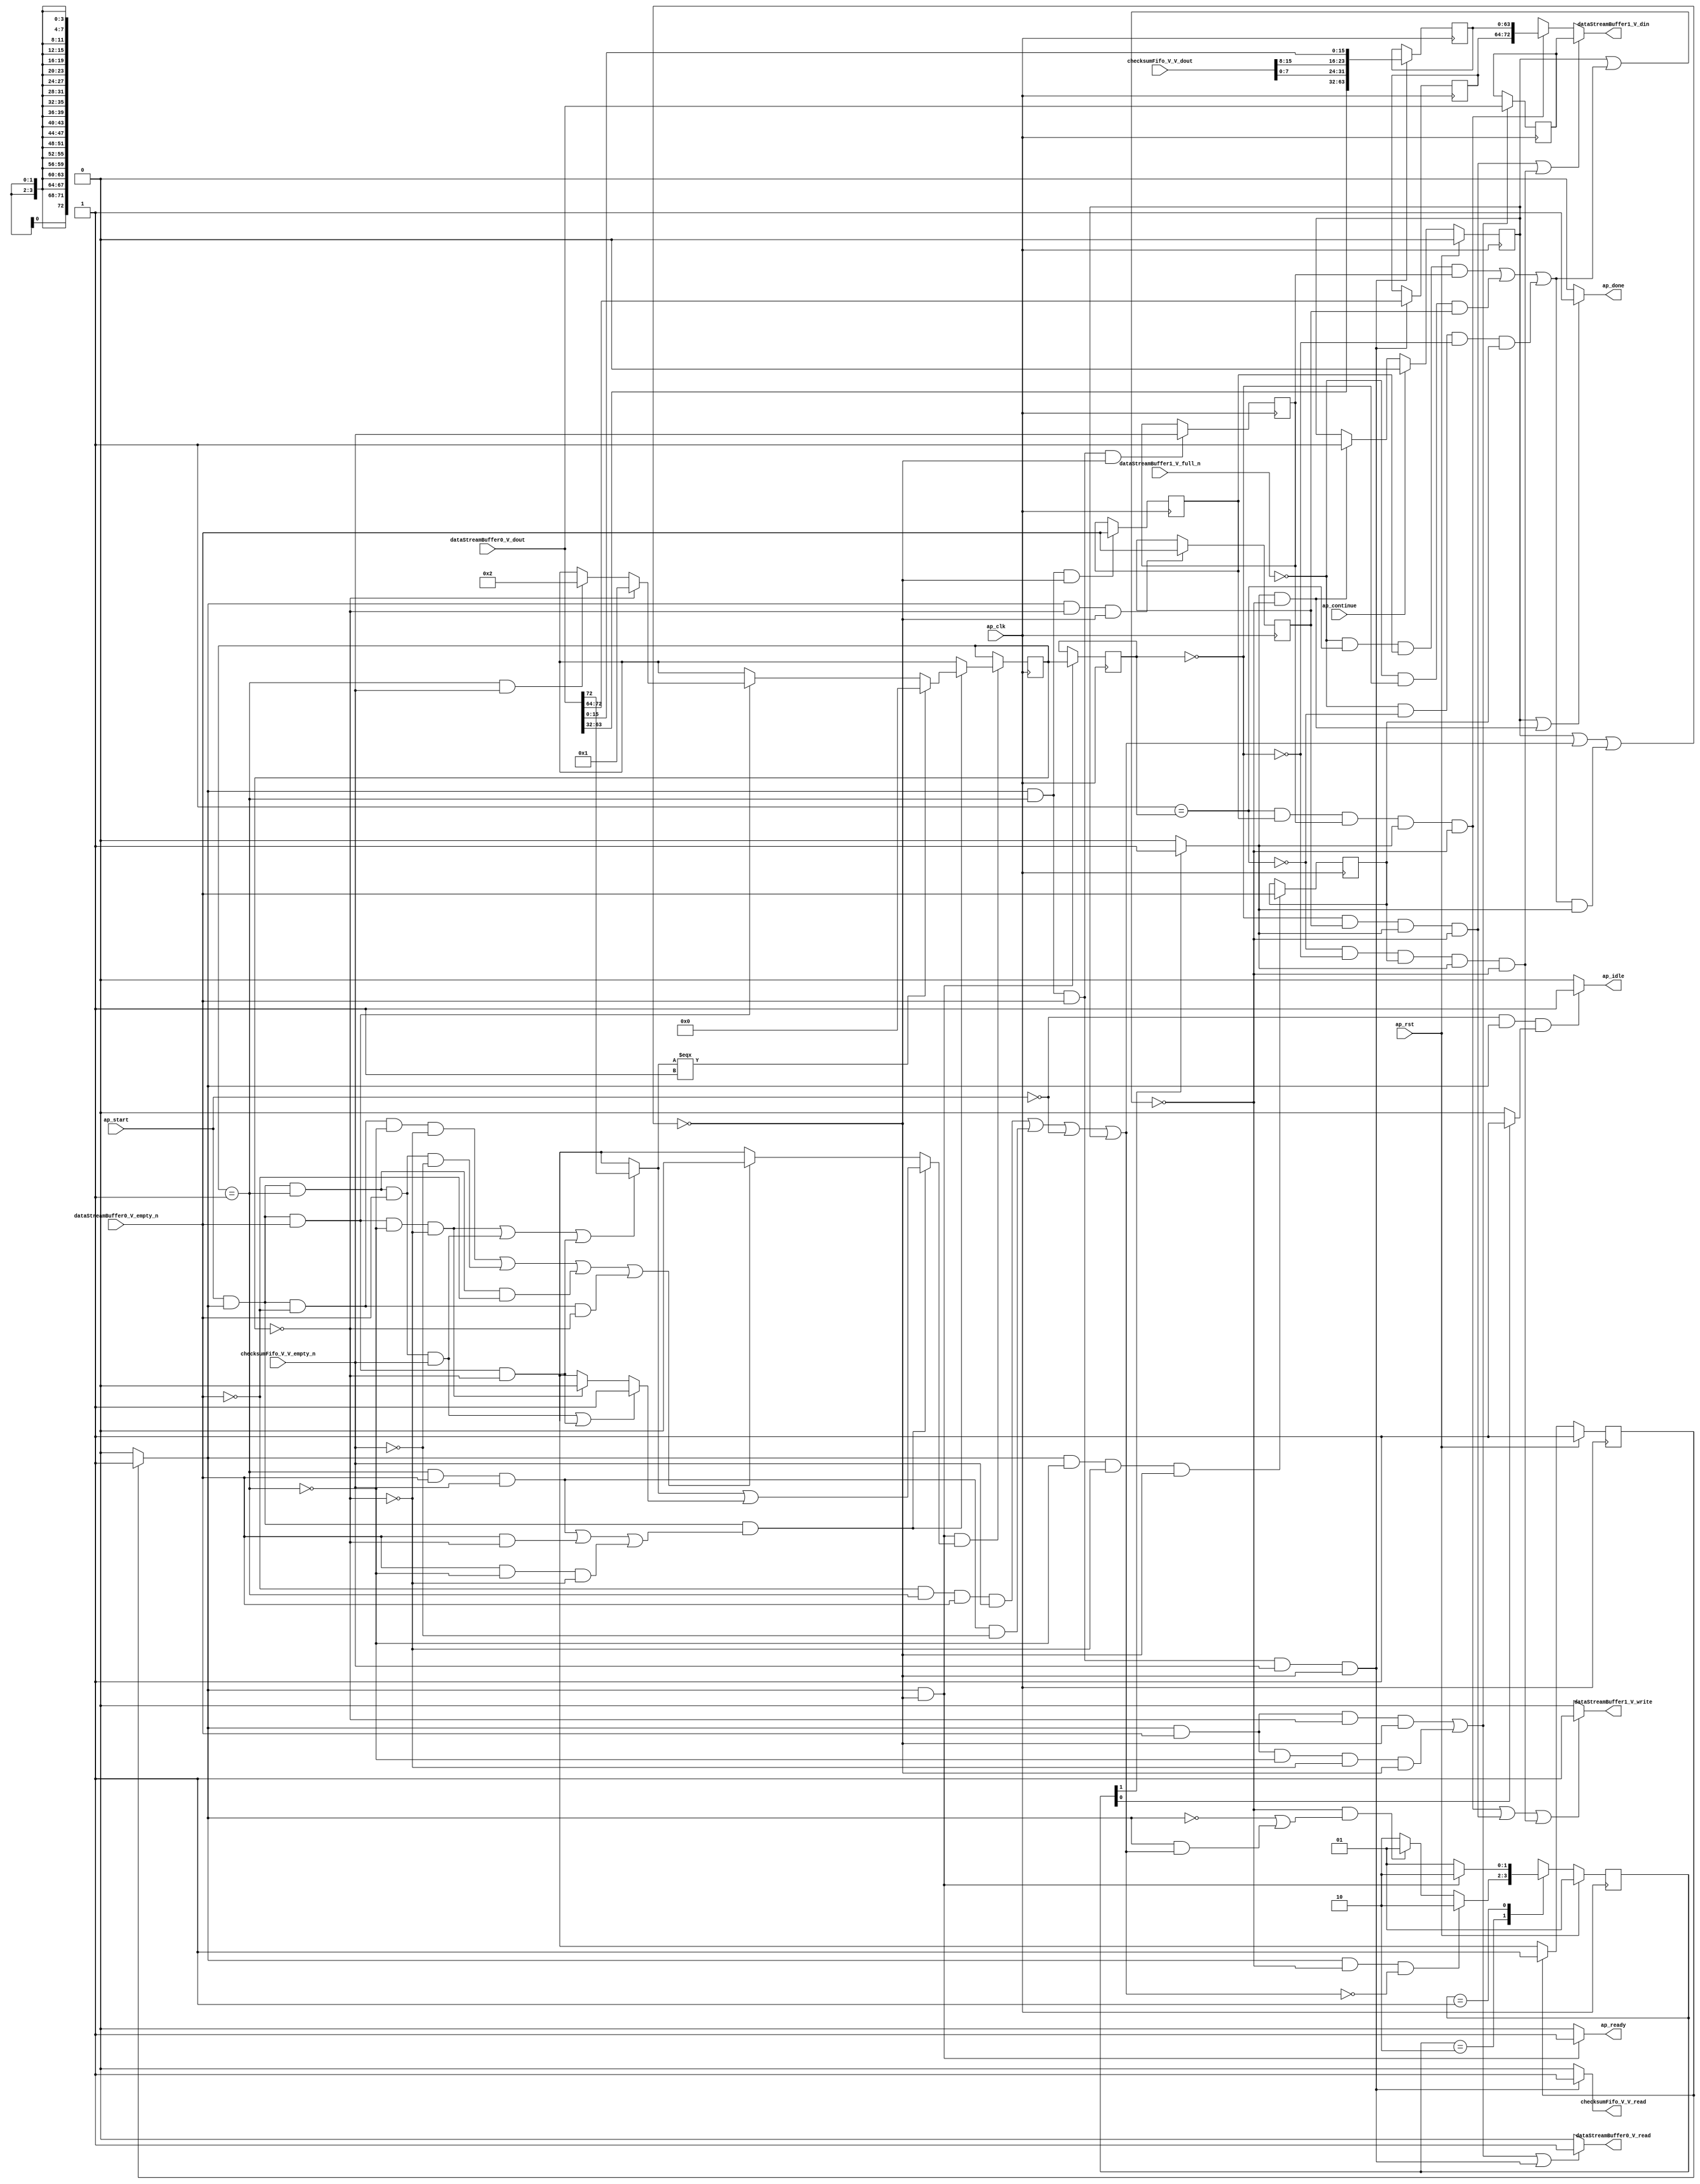
// This program was cloned from: https://github.com/mustafabbas/ECE1373_2016_hft_on_fpga
// License: MIT License

// ==============================================================
// RTL generated by Vivado(TM) HLS - High-Level Synthesis from C, C++ and SystemC
// Version: 2015.1
// Copyright (C) 2015 Xilinx Inc. All rights reserved.
// 
// ===========================================================

`timescale 1 ns / 1 ps 

module mac_ip_encode_ip_checksum_insert (
        ap_clk,
        ap_rst,
        ap_start,
        ap_done,
        ap_continue,
        ap_idle,
        ap_ready,
        dataStreamBuffer0_V_dout,
        dataStreamBuffer0_V_empty_n,
        dataStreamBuffer0_V_read,
        checksumFifo_V_V_dout,
        checksumFifo_V_V_empty_n,
        checksumFifo_V_V_read,
        dataStreamBuffer1_V_din,
        dataStreamBuffer1_V_full_n,
        dataStreamBuffer1_V_write
);

parameter    ap_const_logic_1 = 1'b1;
parameter    ap_const_logic_0 = 1'b0;
parameter    ap_ST_st1_fsm0_0 = 1'b1;
parameter    ap_ST_st2_fsm1_1 = 2'b10;
parameter    ap_ST_st0_fsm1_0 = 2'b1;
parameter    ap_const_lv32_0 = 32'b00000000000000000000000000000000;
parameter    ap_const_lv1_1 = 1'b1;
parameter    ap_const_lv4_1 = 4'b1;
parameter    ap_const_lv1_0 = 1'b0;
parameter    ap_const_lv4_0 = 4'b0000;
parameter    ap_const_lv32_1 = 32'b1;
parameter    ap_const_lv4_2 = 4'b10;
parameter    ap_const_lv32_48 = 32'b1001000;
parameter    ap_const_lv32_8 = 32'b1000;
parameter    ap_const_lv32_F = 32'b1111;
parameter    ap_const_lv32_10 = 32'b10000;
parameter    ap_const_lv32_1F = 32'b11111;
parameter    ap_const_lv32_40 = 32'b1000000;
parameter    ap_true = 1'b1;

input   ap_clk;
input   ap_rst;
input   ap_start;
output   ap_done;
input   ap_continue;
output   ap_idle;
output   ap_ready;
input  [72:0] dataStreamBuffer0_V_dout;
input   dataStreamBuffer0_V_empty_n;
output   dataStreamBuffer0_V_read;
input  [15:0] checksumFifo_V_V_dout;
input   checksumFifo_V_V_empty_n;
output   checksumFifo_V_V_read;
output  [72:0] dataStreamBuffer1_V_din;
input   dataStreamBuffer1_V_full_n;
output   dataStreamBuffer1_V_write;

reg ap_done;
reg ap_idle;
reg ap_ready;
reg dataStreamBuffer0_V_read;
reg checksumFifo_V_V_read;
reg[72:0] dataStreamBuffer1_V_din;
reg dataStreamBuffer1_V_write;
reg    ap_done_reg = 1'b0;
(* fsm_encoding = "none" *) reg   [0:0] ap_CS_fsm0 = 1'b1;
reg    ap_sig_cseq_ST_st1_fsm0_0;
reg    ap_sig_bdd_23;
(* fsm_encoding = "none" *) reg   [1:0] ap_CS_fsm1 = 2'b1;
reg    ap_sig_cseq_ST_st0_fsm1_0;
reg    ap_sig_bdd_34;
wire   [0:0] grp_nbreadreq_fu_94_p3;
wire   [0:0] tmp_3_nbreadreq_fu_102_p3;
reg    ap_sig_bdd_78;
reg   [3:0] ici_wordCount_V_load_reg_305;
reg   [0:0] tmp_2_reg_309;
reg   [0:0] tmp_3_reg_313;
reg   [0:0] tmp_1_reg_327;
reg   [0:0] tmp_reg_331;
reg    ap_sig_bdd_116;
reg    ap_sig_cseq_ST_st2_fsm1_1;
reg    ap_sig_bdd_122;
reg   [3:0] ici_wordCount_V = 4'b0000;
reg   [72:0] reg_219;
wire   [63:0] p_Result_s_17_fu_254_p5;
reg   [63:0] p_Result_s_17_reg_317;
reg   [8:0] tmp_22_reg_322;
wire   [0:0] ap_reg_phiprechg_ici_wordCount_V_flag_reg_129pp0_it0;
reg   [0:0] ici_wordCount_V_flag_phi_fu_132_p6;
wire   [3:0] ap_reg_phiprechg_ici_wordCount_V_new_reg_143pp0_it0;
reg   [3:0] ici_wordCount_V_new_phi_fu_146_p6;
wire   [0:0] ap_reg_phiprechg_tmp_s_reg_157pp0_it0;
reg   [0:0] tmp_s_phi_fu_160_p6;
wire   [0:0] ap_reg_phiprechg_ici_wordCount_V_flag_1_reg_168pp0_it0;
reg   [0:0] ici_wordCount_V_flag_1_phi_fu_171_p10;
wire   [0:0] p_ici_wordCount_V_flag_fu_276_p2;
wire   [3:0] p_ici_wordCount_V_new_fu_283_p3;
wire   [3:0] ap_reg_phiprechg_ici_wordCount_V_new_1_reg_188pp0_it0;
reg   [3:0] ici_wordCount_V_new_1_phi_fu_191_p10;
wire   [72:0] tmp_390_fu_298_p3;
wire   [7:0] tmp_107_fu_242_p1;
wire   [7:0] p_Result_s_fu_232_p4;
wire   [63:0] p_Val2_2_fu_228_p1;
wire   [15:0] tmp_21_fu_246_p3;
reg   [0:0] ap_NS_fsm0;
reg   [1:0] ap_NS_fsm1;
reg    ap_sig_bdd_298;
reg    ap_sig_bdd_297;




/// the current state (ap_CS_fsm0) of the state machine. ///
always @ (posedge ap_clk)
begin : ap_ret_ap_CS_fsm0
    if (ap_rst == 1'b1) begin
        ap_CS_fsm0 <= ap_ST_st1_fsm0_0;
    end else begin
        ap_CS_fsm0 <= ap_NS_fsm0;
    end
end

/// the current state (ap_CS_fsm1) of the state machine. ///
always @ (posedge ap_clk)
begin : ap_ret_ap_CS_fsm1
    if (ap_rst == 1'b1) begin
        ap_CS_fsm1 <= ap_ST_st0_fsm1_0;
    end else begin
        ap_CS_fsm1 <= ap_NS_fsm1;
    end
end

/// ap_done_reg assign process. ///
always @ (posedge ap_clk)
begin : ap_ret_ap_done_reg
    if (ap_rst == 1'b1) begin
        ap_done_reg <= ap_const_logic_0;
    end else begin
        if ((ap_const_logic_1 == ap_continue)) begin
            ap_done_reg <= ap_const_logic_0;
        end else if (((ap_const_logic_1 == ap_sig_cseq_ST_st2_fsm1_1) & ~((ap_done_reg == ap_const_logic_1) | ap_sig_bdd_116))) begin
            ap_done_reg <= ap_const_logic_1;
        end
    end
end

/// assign process. ///
always @(posedge ap_clk)
begin
    if (((ap_const_logic_1 == ap_sig_cseq_ST_st1_fsm0_0) & ~((ap_done_reg == ap_const_logic_1) | ap_sig_bdd_78 | (ap_sig_bdd_116 & (ap_const_logic_1 == ap_sig_cseq_ST_st2_fsm1_1))) & ~(ap_const_lv1_0 == ici_wordCount_V_flag_1_phi_fu_171_p10))) begin
        ici_wordCount_V <= ici_wordCount_V_new_1_phi_fu_191_p10;
    end
end

/// assign process. ///
always @(posedge ap_clk)
begin
    if (((ap_const_logic_1 == ap_sig_cseq_ST_st1_fsm0_0) & ~((ap_done_reg == ap_const_logic_1) | ap_sig_bdd_78 | (ap_sig_bdd_116 & (ap_const_logic_1 == ap_sig_cseq_ST_st2_fsm1_1))))) begin
        ici_wordCount_V_load_reg_305 <= ici_wordCount_V;
    end
end

/// assign process. ///
always @(posedge ap_clk)
begin
    if (((ap_const_logic_1 == ap_sig_cseq_ST_st1_fsm0_0) & (ici_wordCount_V == ap_const_lv4_1) & ~(grp_nbreadreq_fu_94_p3 == ap_const_lv1_0) & ~(ap_const_lv1_0 == tmp_3_nbreadreq_fu_102_p3) & ~((ap_done_reg == ap_const_logic_1) | ap_sig_bdd_78 | (ap_sig_bdd_116 & (ap_const_logic_1 == ap_sig_cseq_ST_st2_fsm1_1))))) begin
        p_Result_s_17_reg_317 <= p_Result_s_17_fu_254_p5;
        tmp_22_reg_322 <= {{dataStreamBuffer0_V_dout[ap_const_lv32_48 : ap_const_lv32_40]}};
    end
end

/// assign process. ///
always @(posedge ap_clk)
begin
    if ((((ap_const_logic_1 == ap_sig_cseq_ST_st1_fsm0_0) & ~(grp_nbreadreq_fu_94_p3 == ap_const_lv1_0) & (ici_wordCount_V == ap_const_lv4_0) & ~((ap_done_reg == ap_const_logic_1) | ap_sig_bdd_78 | (ap_sig_bdd_116 & (ap_const_logic_1 == ap_sig_cseq_ST_st2_fsm1_1)))) | ((ap_const_logic_1 == ap_sig_cseq_ST_st1_fsm0_0) & ~(grp_nbreadreq_fu_94_p3 == ap_const_lv1_0) & ~(ici_wordCount_V == ap_const_lv4_1) & ~(ici_wordCount_V == ap_const_lv4_0) & ~((ap_done_reg == ap_const_logic_1) | ap_sig_bdd_78 | (ap_sig_bdd_116 & (ap_const_logic_1 == ap_sig_cseq_ST_st2_fsm1_1)))))) begin
        reg_219 <= dataStreamBuffer0_V_dout;
    end
end

/// assign process. ///
always @(posedge ap_clk)
begin
    if (((ap_const_logic_1 == ap_sig_cseq_ST_st1_fsm0_0) & (ici_wordCount_V == ap_const_lv4_0) & ~((ap_done_reg == ap_const_logic_1) | ap_sig_bdd_78 | (ap_sig_bdd_116 & (ap_const_logic_1 == ap_sig_cseq_ST_st2_fsm1_1))))) begin
        tmp_1_reg_327 <= grp_nbreadreq_fu_94_p3;
    end
end

/// assign process. ///
always @(posedge ap_clk)
begin
    if (((ap_const_logic_1 == ap_sig_cseq_ST_st1_fsm0_0) & (ici_wordCount_V == ap_const_lv4_1) & ~((ap_done_reg == ap_const_logic_1) | ap_sig_bdd_78 | (ap_sig_bdd_116 & (ap_const_logic_1 == ap_sig_cseq_ST_st2_fsm1_1))))) begin
        tmp_2_reg_309 <= grp_nbreadreq_fu_94_p3;
    end
end

/// assign process. ///
always @(posedge ap_clk)
begin
    if (((ap_const_logic_1 == ap_sig_cseq_ST_st1_fsm0_0) & (ici_wordCount_V == ap_const_lv4_1) & ~(grp_nbreadreq_fu_94_p3 == ap_const_lv1_0) & ~((ap_done_reg == ap_const_logic_1) | ap_sig_bdd_78 | (ap_sig_bdd_116 & (ap_const_logic_1 == ap_sig_cseq_ST_st2_fsm1_1))))) begin
        tmp_3_reg_313 <= tmp_3_nbreadreq_fu_102_p3;
    end
end

/// assign process. ///
always @(posedge ap_clk)
begin
    if (((ap_const_logic_1 == ap_sig_cseq_ST_st1_fsm0_0) & ~(ici_wordCount_V == ap_const_lv4_1) & ~(ici_wordCount_V == ap_const_lv4_0) & ~((ap_done_reg == ap_const_logic_1) | ap_sig_bdd_78 | (ap_sig_bdd_116 & (ap_const_logic_1 == ap_sig_cseq_ST_st2_fsm1_1))))) begin
        tmp_reg_331 <= grp_nbreadreq_fu_94_p3;
    end
end

/// ap_done assign process. ///
always @ (ap_done_reg or ap_sig_bdd_116 or ap_sig_cseq_ST_st2_fsm1_1)
begin
    if (((ap_const_logic_1 == ap_done_reg) | ((ap_const_logic_1 == ap_sig_cseq_ST_st2_fsm1_1) & ~((ap_done_reg == ap_const_logic_1) | ap_sig_bdd_116)))) begin
        ap_done = ap_const_logic_1;
    end else begin
        ap_done = ap_const_logic_0;
    end
end

/// ap_idle assign process. ///
always @ (ap_start or ap_sig_cseq_ST_st1_fsm0_0 or ap_sig_cseq_ST_st0_fsm1_0)
begin
    if ((~(ap_const_logic_1 == ap_start) & (ap_const_logic_1 == ap_sig_cseq_ST_st1_fsm0_0) & (ap_const_logic_1 == ap_sig_cseq_ST_st0_fsm1_0))) begin
        ap_idle = ap_const_logic_1;
    end else begin
        ap_idle = ap_const_logic_0;
    end
end

/// ap_ready assign process. ///
always @ (ap_done_reg or ap_sig_cseq_ST_st1_fsm0_0 or ap_sig_bdd_78 or ap_sig_bdd_116 or ap_sig_cseq_ST_st2_fsm1_1)
begin
    if (((ap_const_logic_1 == ap_sig_cseq_ST_st1_fsm0_0) & ~((ap_done_reg == ap_const_logic_1) | ap_sig_bdd_78 | (ap_sig_bdd_116 & (ap_const_logic_1 == ap_sig_cseq_ST_st2_fsm1_1))))) begin
        ap_ready = ap_const_logic_1;
    end else begin
        ap_ready = ap_const_logic_0;
    end
end

/// ap_sig_cseq_ST_st0_fsm1_0 assign process. ///
always @ (ap_sig_bdd_34)
begin
    if (ap_sig_bdd_34) begin
        ap_sig_cseq_ST_st0_fsm1_0 = ap_const_logic_1;
    end else begin
        ap_sig_cseq_ST_st0_fsm1_0 = ap_const_logic_0;
    end
end

/// ap_sig_cseq_ST_st1_fsm0_0 assign process. ///
always @ (ap_sig_bdd_23)
begin
    if (ap_sig_bdd_23) begin
        ap_sig_cseq_ST_st1_fsm0_0 = ap_const_logic_1;
    end else begin
        ap_sig_cseq_ST_st1_fsm0_0 = ap_const_logic_0;
    end
end

/// ap_sig_cseq_ST_st2_fsm1_1 assign process. ///
always @ (ap_sig_bdd_122)
begin
    if (ap_sig_bdd_122) begin
        ap_sig_cseq_ST_st2_fsm1_1 = ap_const_logic_1;
    end else begin
        ap_sig_cseq_ST_st2_fsm1_1 = ap_const_logic_0;
    end
end

/// checksumFifo_V_V_read assign process. ///
always @ (ap_done_reg or ap_sig_cseq_ST_st1_fsm0_0 or grp_nbreadreq_fu_94_p3 or tmp_3_nbreadreq_fu_102_p3 or ap_sig_bdd_78 or ap_sig_bdd_116 or ap_sig_cseq_ST_st2_fsm1_1 or ici_wordCount_V)
begin
    if (((ap_const_logic_1 == ap_sig_cseq_ST_st1_fsm0_0) & (ici_wordCount_V == ap_const_lv4_1) & ~(grp_nbreadreq_fu_94_p3 == ap_const_lv1_0) & ~(ap_const_lv1_0 == tmp_3_nbreadreq_fu_102_p3) & ~((ap_done_reg == ap_const_logic_1) | ap_sig_bdd_78 | (ap_sig_bdd_116 & (ap_const_logic_1 == ap_sig_cseq_ST_st2_fsm1_1))))) begin
        checksumFifo_V_V_read = ap_const_logic_1;
    end else begin
        checksumFifo_V_V_read = ap_const_logic_0;
    end
end

/// dataStreamBuffer0_V_read assign process. ///
always @ (ap_done_reg or ap_sig_cseq_ST_st1_fsm0_0 or grp_nbreadreq_fu_94_p3 or tmp_3_nbreadreq_fu_102_p3 or ap_sig_bdd_78 or ap_sig_bdd_116 or ap_sig_cseq_ST_st2_fsm1_1 or ici_wordCount_V)
begin
    if ((((ap_const_logic_1 == ap_sig_cseq_ST_st1_fsm0_0) & ~(grp_nbreadreq_fu_94_p3 == ap_const_lv1_0) & (ici_wordCount_V == ap_const_lv4_0) & ~((ap_done_reg == ap_const_logic_1) | ap_sig_bdd_78 | (ap_sig_bdd_116 & (ap_const_logic_1 == ap_sig_cseq_ST_st2_fsm1_1)))) | ((ap_const_logic_1 == ap_sig_cseq_ST_st1_fsm0_0) & ~(grp_nbreadreq_fu_94_p3 == ap_const_lv1_0) & ~(ici_wordCount_V == ap_const_lv4_1) & ~(ici_wordCount_V == ap_const_lv4_0) & ~((ap_done_reg == ap_const_logic_1) | ap_sig_bdd_78 | (ap_sig_bdd_116 & (ap_const_logic_1 == ap_sig_cseq_ST_st2_fsm1_1)))) | ((ap_const_logic_1 == ap_sig_cseq_ST_st1_fsm0_0) & (ici_wordCount_V == ap_const_lv4_1) & ~(grp_nbreadreq_fu_94_p3 == ap_const_lv1_0) & ~(ap_const_lv1_0 == tmp_3_nbreadreq_fu_102_p3) & ~((ap_done_reg == ap_const_logic_1) | ap_sig_bdd_78 | (ap_sig_bdd_116 & (ap_const_logic_1 == ap_sig_cseq_ST_st2_fsm1_1)))))) begin
        dataStreamBuffer0_V_read = ap_const_logic_1;
    end else begin
        dataStreamBuffer0_V_read = ap_const_logic_0;
    end
end

/// dataStreamBuffer1_V_din assign process. ///
always @ (ap_done_reg or ici_wordCount_V_load_reg_305 or tmp_2_reg_309 or tmp_3_reg_313 or tmp_1_reg_327 or tmp_reg_331 or ap_sig_bdd_116 or ap_sig_cseq_ST_st2_fsm1_1 or reg_219 or tmp_390_fu_298_p3)
begin
    if ((((ap_const_lv4_0 == ici_wordCount_V_load_reg_305) & ~(ap_const_lv1_0 == tmp_1_reg_327) & (ap_const_logic_1 == ap_sig_cseq_ST_st2_fsm1_1) & ~((ap_done_reg == ap_const_logic_1) | ap_sig_bdd_116)) | (~(ap_const_lv4_1 == ici_wordCount_V_load_reg_305) & ~(ap_const_lv4_0 == ici_wordCount_V_load_reg_305) & ~(ap_const_lv1_0 == tmp_reg_331) & (ap_const_logic_1 == ap_sig_cseq_ST_st2_fsm1_1) & ~((ap_done_reg == ap_const_logic_1) | ap_sig_bdd_116)))) begin
        dataStreamBuffer1_V_din = reg_219;
    end else if (((ap_const_lv4_1 == ici_wordCount_V_load_reg_305) & ~(ap_const_lv1_0 == tmp_2_reg_309) & ~(ap_const_lv1_0 == tmp_3_reg_313) & (ap_const_logic_1 == ap_sig_cseq_ST_st2_fsm1_1) & ~((ap_done_reg == ap_const_logic_1) | ap_sig_bdd_116))) begin
        dataStreamBuffer1_V_din = tmp_390_fu_298_p3;
    end else begin
        dataStreamBuffer1_V_din = 'bx;
    end
end

/// dataStreamBuffer1_V_write assign process. ///
always @ (ap_done_reg or ici_wordCount_V_load_reg_305 or tmp_2_reg_309 or tmp_3_reg_313 or tmp_1_reg_327 or tmp_reg_331 or ap_sig_bdd_116 or ap_sig_cseq_ST_st2_fsm1_1)
begin
    if ((((ap_const_lv4_1 == ici_wordCount_V_load_reg_305) & ~(ap_const_lv1_0 == tmp_2_reg_309) & ~(ap_const_lv1_0 == tmp_3_reg_313) & (ap_const_logic_1 == ap_sig_cseq_ST_st2_fsm1_1) & ~((ap_done_reg == ap_const_logic_1) | ap_sig_bdd_116)) | ((ap_const_lv4_0 == ici_wordCount_V_load_reg_305) & ~(ap_const_lv1_0 == tmp_1_reg_327) & (ap_const_logic_1 == ap_sig_cseq_ST_st2_fsm1_1) & ~((ap_done_reg == ap_const_logic_1) | ap_sig_bdd_116)) | (~(ap_const_lv4_1 == ici_wordCount_V_load_reg_305) & ~(ap_const_lv4_0 == ici_wordCount_V_load_reg_305) & ~(ap_const_lv1_0 == tmp_reg_331) & (ap_const_logic_1 == ap_sig_cseq_ST_st2_fsm1_1) & ~((ap_done_reg == ap_const_logic_1) | ap_sig_bdd_116)))) begin
        dataStreamBuffer1_V_write = ap_const_logic_1;
    end else begin
        dataStreamBuffer1_V_write = ap_const_logic_0;
    end
end

/// ici_wordCount_V_flag_1_phi_fu_171_p10 assign process. ///
always @ (ap_start or ap_sig_cseq_ST_st1_fsm0_0 or grp_nbreadreq_fu_94_p3 or tmp_3_nbreadreq_fu_102_p3 or ici_wordCount_V or ap_reg_phiprechg_ici_wordCount_V_flag_1_reg_168pp0_it0 or p_ici_wordCount_V_flag_fu_276_p2)
begin
    if (((ap_const_logic_1 == ap_start) & (ap_const_logic_1 == ap_sig_cseq_ST_st1_fsm0_0) & (((ici_wordCount_V == ap_const_lv4_1) & ~(grp_nbreadreq_fu_94_p3 == ap_const_lv1_0) & ~(ap_const_lv1_0 == tmp_3_nbreadreq_fu_102_p3)) | (~(grp_nbreadreq_fu_94_p3 == ap_const_lv1_0) & (ici_wordCount_V == ap_const_lv4_0)) | (~(grp_nbreadreq_fu_94_p3 == ap_const_lv1_0) & ~(ici_wordCount_V == ap_const_lv4_1) & ~(ici_wordCount_V == ap_const_lv4_0))))) begin
        ici_wordCount_V_flag_1_phi_fu_171_p10 = p_ici_wordCount_V_flag_fu_276_p2;
    end else if ((((ap_const_logic_1 == ap_start) & (ap_const_logic_1 == ap_sig_cseq_ST_st1_fsm0_0) & (grp_nbreadreq_fu_94_p3 == ap_const_lv1_0) & ~(ici_wordCount_V == ap_const_lv4_1) & ~(ici_wordCount_V == ap_const_lv4_0)) | ((ap_const_logic_1 == ap_start) & (ap_const_logic_1 == ap_sig_cseq_ST_st1_fsm0_0) & (ici_wordCount_V == ap_const_lv4_1) & ~(grp_nbreadreq_fu_94_p3 == ap_const_lv1_0) & (ap_const_lv1_0 == tmp_3_nbreadreq_fu_102_p3)) | ((ap_const_logic_1 == ap_start) & (ap_const_logic_1 == ap_sig_cseq_ST_st1_fsm0_0) & (ici_wordCount_V == ap_const_lv4_1) & (grp_nbreadreq_fu_94_p3 == ap_const_lv1_0)) | ((ap_const_logic_1 == ap_start) & (ap_const_logic_1 == ap_sig_cseq_ST_st1_fsm0_0) & (grp_nbreadreq_fu_94_p3 == ap_const_lv1_0) & (ici_wordCount_V == ap_const_lv4_0)))) begin
        ici_wordCount_V_flag_1_phi_fu_171_p10 = ap_const_lv1_0;
    end else begin
        ici_wordCount_V_flag_1_phi_fu_171_p10 = ap_reg_phiprechg_ici_wordCount_V_flag_1_reg_168pp0_it0;
    end
end

/// ici_wordCount_V_flag_phi_fu_132_p6 assign process. ///
always @ (ap_start or ap_sig_cseq_ST_st1_fsm0_0 or grp_nbreadreq_fu_94_p3 or tmp_3_nbreadreq_fu_102_p3 or ici_wordCount_V or ap_reg_phiprechg_ici_wordCount_V_flag_reg_129pp0_it0)
begin
    if ((((ap_const_logic_1 == ap_start) & (ap_const_logic_1 == ap_sig_cseq_ST_st1_fsm0_0) & (ici_wordCount_V == ap_const_lv4_1) & ~(grp_nbreadreq_fu_94_p3 == ap_const_lv1_0) & ~(ap_const_lv1_0 == tmp_3_nbreadreq_fu_102_p3)) | ((ap_const_logic_1 == ap_start) & (ap_const_logic_1 == ap_sig_cseq_ST_st1_fsm0_0) & ~(grp_nbreadreq_fu_94_p3 == ap_const_lv1_0) & (ici_wordCount_V == ap_const_lv4_0)))) begin
        ici_wordCount_V_flag_phi_fu_132_p6 = ap_const_lv1_1;
    end else if (((ap_const_logic_1 == ap_start) & (ap_const_logic_1 == ap_sig_cseq_ST_st1_fsm0_0) & ~(grp_nbreadreq_fu_94_p3 == ap_const_lv1_0) & ~(ici_wordCount_V == ap_const_lv4_1) & ~(ici_wordCount_V == ap_const_lv4_0))) begin
        ici_wordCount_V_flag_phi_fu_132_p6 = ap_const_lv1_0;
    end else begin
        ici_wordCount_V_flag_phi_fu_132_p6 = ap_reg_phiprechg_ici_wordCount_V_flag_reg_129pp0_it0;
    end
end

/// ici_wordCount_V_new_1_phi_fu_191_p10 assign process. ///
always @ (ap_start or ap_sig_cseq_ST_st1_fsm0_0 or grp_nbreadreq_fu_94_p3 or tmp_3_nbreadreq_fu_102_p3 or ici_wordCount_V or p_ici_wordCount_V_new_fu_283_p3 or ap_reg_phiprechg_ici_wordCount_V_new_1_reg_188pp0_it0)
begin
    if (((ap_const_logic_1 == ap_start) & (ap_const_logic_1 == ap_sig_cseq_ST_st1_fsm0_0) & (((ici_wordCount_V == ap_const_lv4_1) & ~(grp_nbreadreq_fu_94_p3 == ap_const_lv1_0) & ~(ap_const_lv1_0 == tmp_3_nbreadreq_fu_102_p3)) | (~(grp_nbreadreq_fu_94_p3 == ap_const_lv1_0) & (ici_wordCount_V == ap_const_lv4_0)) | (~(grp_nbreadreq_fu_94_p3 == ap_const_lv1_0) & ~(ici_wordCount_V == ap_const_lv4_1) & ~(ici_wordCount_V == ap_const_lv4_0))))) begin
        ici_wordCount_V_new_1_phi_fu_191_p10 = p_ici_wordCount_V_new_fu_283_p3;
    end else begin
        ici_wordCount_V_new_1_phi_fu_191_p10 = ap_reg_phiprechg_ici_wordCount_V_new_1_reg_188pp0_it0;
    end
end

/// ici_wordCount_V_new_phi_fu_146_p6 assign process. ///
always @ (ici_wordCount_V or ap_reg_phiprechg_ici_wordCount_V_new_reg_143pp0_it0 or ap_sig_bdd_298 or ap_sig_bdd_297)
begin
    if (ap_sig_bdd_297) begin
        if ((ici_wordCount_V == ap_const_lv4_0)) begin
            ici_wordCount_V_new_phi_fu_146_p6 = ap_const_lv4_1;
        end else if (ap_sig_bdd_298) begin
            ici_wordCount_V_new_phi_fu_146_p6 = ap_const_lv4_2;
        end else begin
            ici_wordCount_V_new_phi_fu_146_p6 = ap_reg_phiprechg_ici_wordCount_V_new_reg_143pp0_it0;
        end
    end else begin
        ici_wordCount_V_new_phi_fu_146_p6 = ap_reg_phiprechg_ici_wordCount_V_new_reg_143pp0_it0;
    end
end

/// tmp_s_phi_fu_160_p6 assign process. ///
always @ (ap_start or ap_sig_cseq_ST_st1_fsm0_0 or dataStreamBuffer0_V_dout or grp_nbreadreq_fu_94_p3 or tmp_3_nbreadreq_fu_102_p3 or ici_wordCount_V or ap_reg_phiprechg_tmp_s_reg_157pp0_it0)
begin
    if ((((ap_const_logic_1 == ap_start) & (ap_const_logic_1 == ap_sig_cseq_ST_st1_fsm0_0) & ~(grp_nbreadreq_fu_94_p3 == ap_const_lv1_0) & ~(ici_wordCount_V == ap_const_lv4_1) & ~(ici_wordCount_V == ap_const_lv4_0)) | ((ap_const_logic_1 == ap_start) & (ap_const_logic_1 == ap_sig_cseq_ST_st1_fsm0_0) & (ici_wordCount_V == ap_const_lv4_1) & ~(grp_nbreadreq_fu_94_p3 == ap_const_lv1_0) & ~(ap_const_lv1_0 == tmp_3_nbreadreq_fu_102_p3)) | ((ap_const_logic_1 == ap_start) & (ap_const_logic_1 == ap_sig_cseq_ST_st1_fsm0_0) & ~(grp_nbreadreq_fu_94_p3 == ap_const_lv1_0) & (ici_wordCount_V == ap_const_lv4_0)))) begin
        tmp_s_phi_fu_160_p6 = dataStreamBuffer0_V_dout[ap_const_lv32_48];
    end else begin
        tmp_s_phi_fu_160_p6 = ap_reg_phiprechg_tmp_s_reg_157pp0_it0;
    end
end
/// the next state (ap_NS_fsm0) of the state machine. ///
always @ (ap_done_reg or ap_CS_fsm0 or ap_sig_bdd_78 or ap_sig_bdd_116 or ap_sig_cseq_ST_st2_fsm1_1)
begin
    case (ap_CS_fsm0)
        ap_ST_st1_fsm0_0 : 
        begin
            ap_NS_fsm0 = ap_ST_st1_fsm0_0;
        end
        default : 
        begin
            ap_NS_fsm0 = 'bx;
        end
    endcase
end

/// the next state (ap_NS_fsm1) of the state machine. ///
always @ (ap_done_reg or ap_sig_cseq_ST_st1_fsm0_0 or ap_CS_fsm1 or ap_sig_bdd_78 or ap_sig_bdd_116 or ap_sig_cseq_ST_st2_fsm1_1)
begin
    case (ap_CS_fsm1)
        ap_ST_st2_fsm1_1 : 
        begin
            if (((ap_const_logic_1 == ap_sig_cseq_ST_st1_fsm0_0) & ~((ap_done_reg == ap_const_logic_1) | ap_sig_bdd_116) & ~ap_sig_bdd_78)) begin
                ap_NS_fsm1 = ap_ST_st2_fsm1_1;
            end else if ((~((ap_done_reg == ap_const_logic_1) | ap_sig_bdd_116) & (~(ap_const_logic_1 == ap_sig_cseq_ST_st1_fsm0_0) | ((ap_const_logic_1 == ap_sig_cseq_ST_st1_fsm0_0) & ap_sig_bdd_78)))) begin
                ap_NS_fsm1 = ap_ST_st0_fsm1_0;
            end else begin
                ap_NS_fsm1 = ap_ST_st2_fsm1_1;
            end
        end
        ap_ST_st0_fsm1_0 : 
        begin
            if (((ap_const_logic_1 == ap_sig_cseq_ST_st1_fsm0_0) & ~((ap_done_reg == ap_const_logic_1) | ap_sig_bdd_78 | (ap_sig_bdd_116 & (ap_const_logic_1 == ap_sig_cseq_ST_st2_fsm1_1))))) begin
                ap_NS_fsm1 = ap_ST_st2_fsm1_1;
            end else begin
                ap_NS_fsm1 = ap_ST_st0_fsm1_0;
            end
        end
        default : 
        begin
            ap_NS_fsm1 = 'bx;
        end
    endcase
end

assign ap_reg_phiprechg_ici_wordCount_V_flag_1_reg_168pp0_it0 = 'bx;
assign ap_reg_phiprechg_ici_wordCount_V_flag_reg_129pp0_it0 = 'bx;
assign ap_reg_phiprechg_ici_wordCount_V_new_1_reg_188pp0_it0 = 'bx;
assign ap_reg_phiprechg_ici_wordCount_V_new_reg_143pp0_it0 = 'bx;
assign ap_reg_phiprechg_tmp_s_reg_157pp0_it0 = 'bx;

/// ap_sig_bdd_116 assign process. ///
always @ (dataStreamBuffer1_V_full_n or ici_wordCount_V_load_reg_305 or tmp_2_reg_309 or tmp_3_reg_313 or tmp_1_reg_327 or tmp_reg_331)
begin
    ap_sig_bdd_116 = (((dataStreamBuffer1_V_full_n == ap_const_logic_0) & (ap_const_lv4_1 == ici_wordCount_V_load_reg_305) & ~(ap_const_lv1_0 == tmp_2_reg_309) & ~(ap_const_lv1_0 == tmp_3_reg_313)) | ((dataStreamBuffer1_V_full_n == ap_const_logic_0) & (ap_const_lv4_0 == ici_wordCount_V_load_reg_305) & ~(ap_const_lv1_0 == tmp_1_reg_327)) | ((dataStreamBuffer1_V_full_n == ap_const_logic_0) & ~(ap_const_lv4_1 == ici_wordCount_V_load_reg_305) & ~(ap_const_lv4_0 == ici_wordCount_V_load_reg_305) & ~(ap_const_lv1_0 == tmp_reg_331)));
end

/// ap_sig_bdd_122 assign process. ///
always @ (ap_CS_fsm1)
begin
    ap_sig_bdd_122 = (ap_const_lv1_1 == ap_CS_fsm1[ap_const_lv32_1]);
end

/// ap_sig_bdd_23 assign process. ///
always @ (ap_CS_fsm0)
begin
    ap_sig_bdd_23 = (ap_CS_fsm0[ap_const_lv32_0] == ap_const_lv1_1);
end

/// ap_sig_bdd_297 assign process. ///
always @ (ap_start or ap_sig_cseq_ST_st1_fsm0_0 or grp_nbreadreq_fu_94_p3)
begin
    ap_sig_bdd_297 = ((ap_const_logic_1 == ap_start) & (ap_const_logic_1 == ap_sig_cseq_ST_st1_fsm0_0) & ~(grp_nbreadreq_fu_94_p3 == ap_const_lv1_0));
end

/// ap_sig_bdd_298 assign process. ///
always @ (tmp_3_nbreadreq_fu_102_p3 or ici_wordCount_V)
begin
    ap_sig_bdd_298 = ((ici_wordCount_V == ap_const_lv4_1) & ~(ap_const_lv1_0 == tmp_3_nbreadreq_fu_102_p3));
end

/// ap_sig_bdd_34 assign process. ///
always @ (ap_CS_fsm1)
begin
    ap_sig_bdd_34 = (ap_const_lv1_1 == ap_CS_fsm1[ap_const_lv32_0]);
end

/// ap_sig_bdd_78 assign process. ///
always @ (ap_start or ap_done_reg or dataStreamBuffer0_V_empty_n or grp_nbreadreq_fu_94_p3 or tmp_3_nbreadreq_fu_102_p3 or checksumFifo_V_V_empty_n or ici_wordCount_V)
begin
    ap_sig_bdd_78 = (((dataStreamBuffer0_V_empty_n == ap_const_logic_0) & (ici_wordCount_V == ap_const_lv4_1) & ~(grp_nbreadreq_fu_94_p3 == ap_const_lv1_0) & ~(ap_const_lv1_0 == tmp_3_nbreadreq_fu_102_p3)) | ((ici_wordCount_V == ap_const_lv4_1) & ~(grp_nbreadreq_fu_94_p3 == ap_const_lv1_0) & ~(ap_const_lv1_0 == tmp_3_nbreadreq_fu_102_p3) & (checksumFifo_V_V_empty_n == ap_const_logic_0)) | ((dataStreamBuffer0_V_empty_n == ap_const_logic_0) & ~(grp_nbreadreq_fu_94_p3 == ap_const_lv1_0) & (ici_wordCount_V == ap_const_lv4_0)) | ((dataStreamBuffer0_V_empty_n == ap_const_logic_0) & ~(grp_nbreadreq_fu_94_p3 == ap_const_lv1_0) & ~(ici_wordCount_V == ap_const_lv4_1) & ~(ici_wordCount_V == ap_const_lv4_0)) | (ap_start == ap_const_logic_0) | (ap_done_reg == ap_const_logic_1));
end
assign grp_nbreadreq_fu_94_p3 = dataStreamBuffer0_V_empty_n;
assign p_Result_s_17_fu_254_p5 = {{p_Val2_2_fu_228_p1[32'd63 : 32'd32]}, {tmp_21_fu_246_p3}, {p_Val2_2_fu_228_p1[32'd15 : 32'd0]}};
assign p_Result_s_fu_232_p4 = {{checksumFifo_V_V_dout[ap_const_lv32_F : ap_const_lv32_8]}};
assign p_Val2_2_fu_228_p1 = dataStreamBuffer0_V_dout[63:0];
assign p_ici_wordCount_V_flag_fu_276_p2 = (tmp_s_phi_fu_160_p6 | ici_wordCount_V_flag_phi_fu_132_p6);
assign p_ici_wordCount_V_new_fu_283_p3 = ((tmp_s_phi_fu_160_p6[0:0]===1'b1)? ap_const_lv4_0: ici_wordCount_V_new_phi_fu_146_p6);
assign tmp_107_fu_242_p1 = checksumFifo_V_V_dout[7:0];
assign tmp_21_fu_246_p3 = {{tmp_107_fu_242_p1}, {p_Result_s_fu_232_p4}};
assign tmp_390_fu_298_p3 = {{tmp_22_reg_322}, {p_Result_s_17_reg_317}};
assign tmp_3_nbreadreq_fu_102_p3 = checksumFifo_V_V_empty_n;


endmodule //mac_ip_encode_ip_checksum_insert